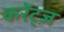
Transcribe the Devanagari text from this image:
करेंट्ज़